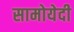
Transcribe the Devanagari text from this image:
सामोयेदी